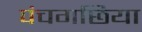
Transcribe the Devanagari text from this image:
पंचगछिया